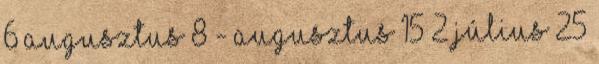
6 augusztus 8 - augusztus 15 2 július 25